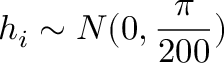
h _ { i } \sim N ( 0 , \frac { \pi } { 2 0 0 } )